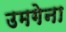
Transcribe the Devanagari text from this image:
उमगेना